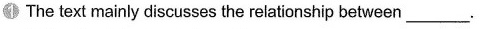
1 The text mainly discusses the relationship between___.